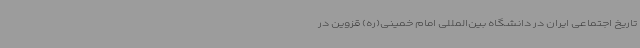
تاریخ اجتماعی ایران در دانشگاه بین‌المللی امام خمینی(ره) قزوین در